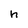
Character: h